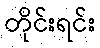
တိုင်းရင်း